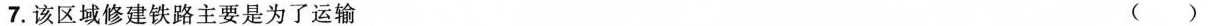
7.该区域修建铁路主要是为了运输 ( )